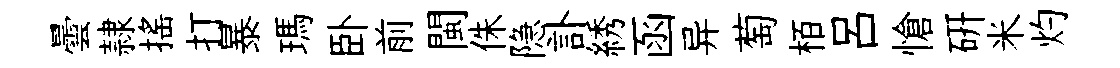
曇隷揺打暴瑪卧前閩侏隐訃綉函异萄栢吕愴硏米灼